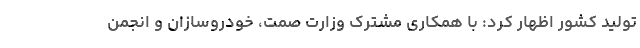
تولید کشور اظهار کرد: با همکاری مشترک وزارت صمت، خودروسازان و انجمن